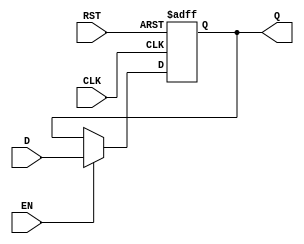
module PipelineBuffer (
    input wire D,        // Data Input
    input wire CLK,      // Clock Signal
    input wire EN,       // Enable Signal
    input wire RST,      // Reset Signal (optional)
    output reg Q         // Data Output
);

// Asynchronous reset functionality
always @(posedge CLK or posedge RST) begin
    if (RST) begin
        Q <= 1'b0;      // Reset output to 0
    end else if (EN) begin
        Q <= D;         // Latch data input when enabled
    end
    // If EN is not asserted, Q retains its previous value
end

endmodule